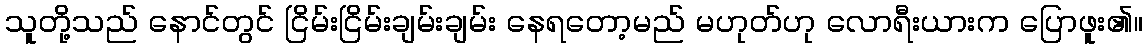
သူတို့သည် နောင်တွင် ငြိမ်းငြိမ်းချမ်းချမ်း နေရတော့မည် မဟုတ်ဟု လောရီးယားက ပြောဖူး၏။